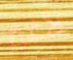
لأغير